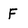
Character: F